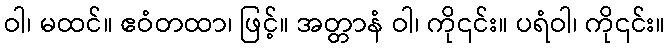
ဝါ၊ မထင်။ ဧဝံတထာ၊ ဖြင့်။ အတ္တာနံ ဝါ၊ ကို၎င်း။ ပရံဝါ၊ ကို၎င်း။